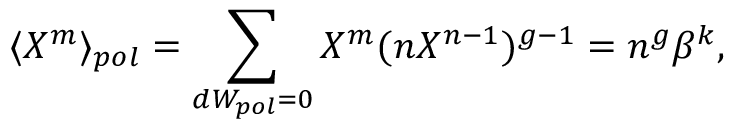
\langle X ^ { m } \rangle _ { p o l } = \sum _ { d W _ { p o l } = 0 } X ^ { m } ( n X ^ { n - 1 } ) ^ { g - 1 } = n ^ { g } \beta ^ { k } ,